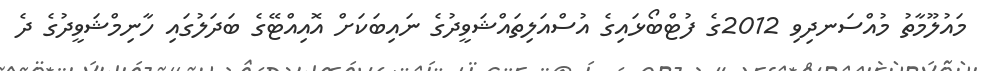
މައުލޫމާތު މުއްސަނދިވި 2012ގެ ފުޓްބޯޅައިގެ އުސްއަލިތައްޝަވީދުގެ ނައިބަކަށް އޮއިއްޓޭގެ ބަދަލުގައި ހާނިމްޝަވީދުގެ ދެ